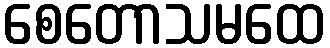
စေတောသမထေ